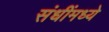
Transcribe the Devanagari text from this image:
संधींमध्ये